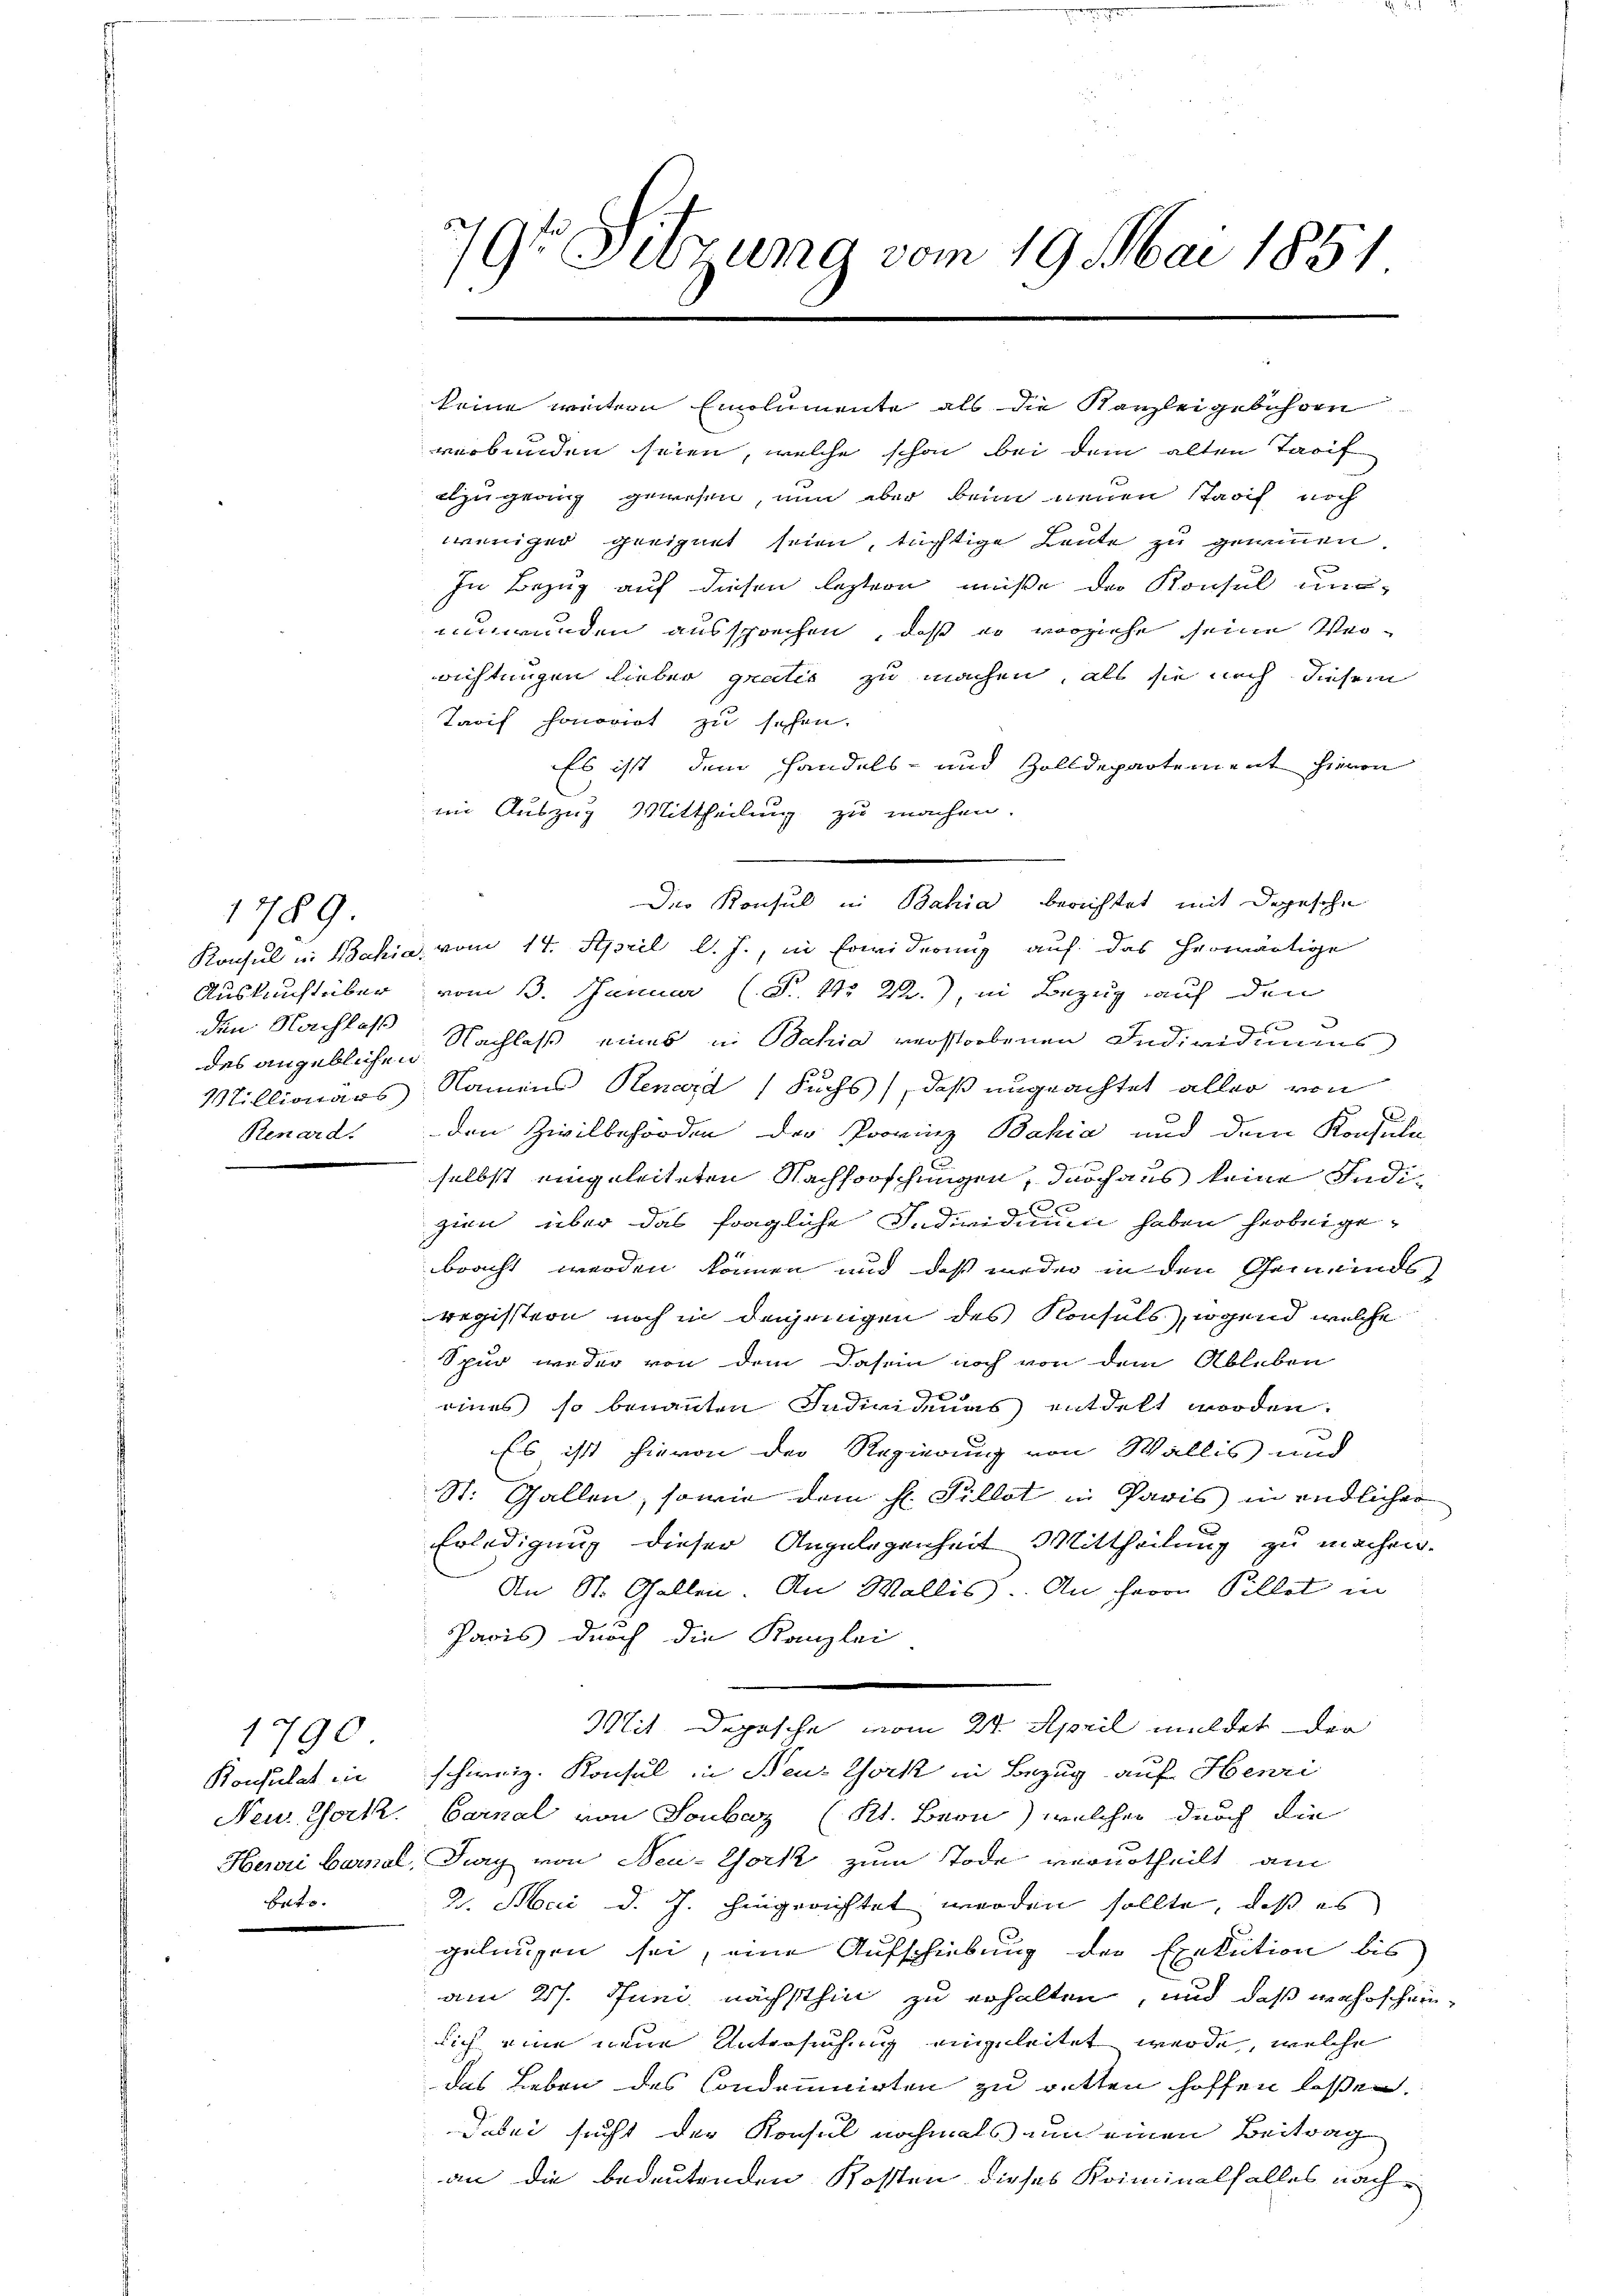
Konsul in Bahia.
Auskunft über
den Nachlaß
des angeblichen
Millionars)
Renard.

1789.

1790
Neu: Gock.
Hewii Gurnal,
bato.

19t Setzung vom 19. Mai 1851
1

seine weitern Emolumente als die Kanzleigebühren
verbunden seien, welche schon bei dem alten Tarif
azugerung gewesen, nun aber beim neuen Stadif noch
weniger geeignet seien, tüchtige Leute zu gewinnen.
In Bezug auf diesen leztern müße der Konsul und
umwunden aussprechen, daß er vorziehe seine Verrichtungen lieber gratis zu machen, als sie noch diesem
Tarif honorirt zu sehen.
Es ist dem Handels- und Zolldepartement hievon
im Auszug Mittheilung zu machen.
 vom 14. April l. J., in Erwiderung auf das herwärtige
vom 13. Januar (S. 11. 22.) in Bezug auf den
Nachlaß eines in Bahia verstorbenen Individiums
Namens Menard Fuchs, daß ungeachtet aller von
den Zivilbehörden der Provinz Bahia und dem Konsula
selbst eingeleiteten Nachforschungen, durchaus keine Indizien, über das fragliche Individuum haben herbeigebracht werden können und daß wieder in den Gemeindsregistern noch in dasjenigen des Konsuls, irgend welche
Spur weder von dem Dasein noch von dem Ableben
eines so benannten Individuas entdelt worden.
Es ist hievon der Regierung von Wallis und
St. Gallen, sowie dem H. Pillet in Paris in endlicher
Erledigung dieser Angelegenheit Mittheilung zu machen.
An St. Gallen. An Wallis. An Herrn Pillet in
Paris durch die Kanzlei
Mit Depesche vom 21. April meldet der
Konsulat in schweiz. Konsul in Neu-York in Bezug auf Henri
Carnal von Soubaz (Kt. Bern) welcher durch die
Jury von Neu-York zum Tode verurtheilt, am
2. Mai d. J. hingerichtet werden sollte, daß es
gelausen sei, eine Aufschiebung der Exekution bis
am 27. Juni nächsthin zu erhalten, und daß mehrscheinsich eine neue Untersuchung eingeleitet werde, welche
das Leben des Condomicirten zu retten hoffen lassen.
Jabei sucht der Konsul nochmals um einen Beitrag
an die bedeutenden Kosten dieses Kriminalfalles nach

Der Konsul in Bahia berichtet mit Depesche